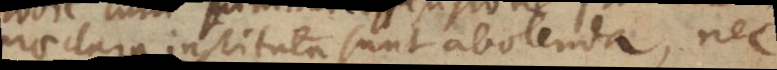
praeclara instituta sunt abolenda, nec